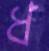
ধ